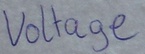
Text: Voltage